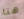
هنا